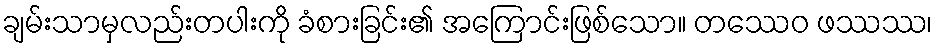
ချမ်းသာမှလည်းတပါးကို ခံစားခြင်း၏ အကြောင်းဖြစ်သော။ တဿေဝ ဖဿဿ၊